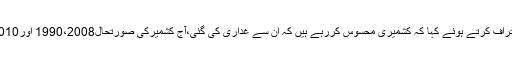
سابق وزیرخارجہ نے اعتراف کرتے ہوئے کہا کہ کشمیری محسوس کررہے ہیں کہ ان سے غداری کی گئی،آج کشمیرکی صورتحال1990،2008 اور2010 سے یکسر مختلف ہے۔